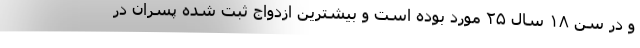
و در سن ۱۸ سال ۲۵ مورد بوده است و بیشترین ازدواج ثبت شده پسران در